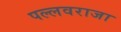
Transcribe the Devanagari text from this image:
पल्लवराजा